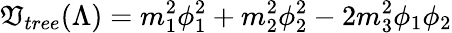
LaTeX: \mathfrak{V}_{tree}(\Lambda)=m_{1}^{2}\phi_{1}^{2}+m_{2}^{2}\phi_{2}^{2}-2m_{3}^{2}\phi_{1}\phi_{2}